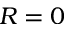
R = 0